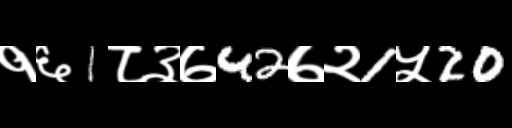
Text: १६1८३७42७२1५20